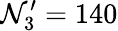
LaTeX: \mathcal{N}_{3}^{\prime}=140